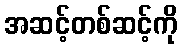
အဆင့်တစ်ဆင့်ကို